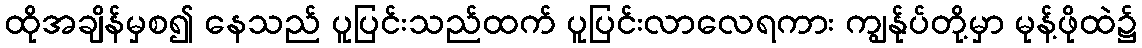
ထိုအချိန်မှစ၍ နေသည် ပူပြင်းသည်ထက် ပူပြင်းလာလေရကား ကျွန်ုပ်တို့မှာ မုန့်ဖိုထဲ၌